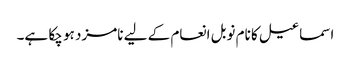
اسماعیل کا نام نوبل انعام کے لیے نامزد ہو چکا ہے۔